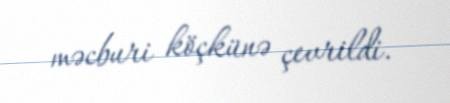
məcburi köçkünə çevrildi.